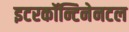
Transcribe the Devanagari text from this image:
इटरकॉन्टिनेनटल